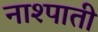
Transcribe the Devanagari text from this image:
नाश्पाती